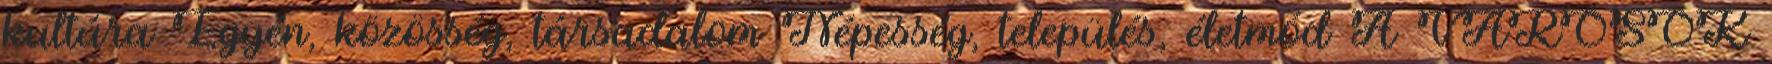
kultúra Egyén, közösség, társadalom Népesség, település, életmód A VÁROSOK